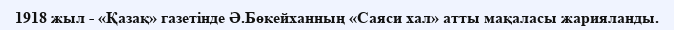
1918 жыл - «Қазақ» газетінде Ә.Бөкейханның «Саяси хал» атты мақаласы жарияланды.